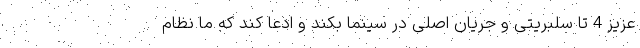
عزیز 4 تا سلبریتی و جریان اصلی در سینما بکند و ادعا کند که ما نظام